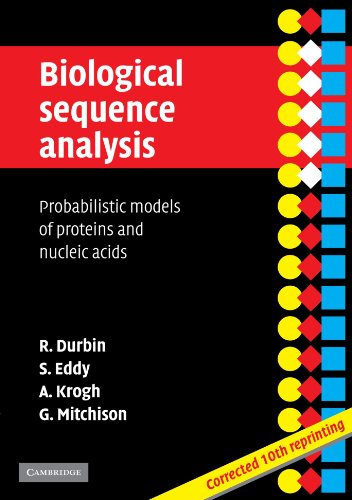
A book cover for Biological Sequence Analysis: Probabilistic Models of Proteins and Nucleic Acids; Richard Durbin; Computers & Technology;